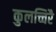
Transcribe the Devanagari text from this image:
कुलच्चिरै